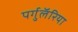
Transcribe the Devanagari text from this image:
पर्गुलॅरिया